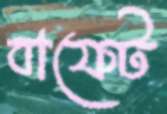
বাফেট